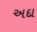
અદા